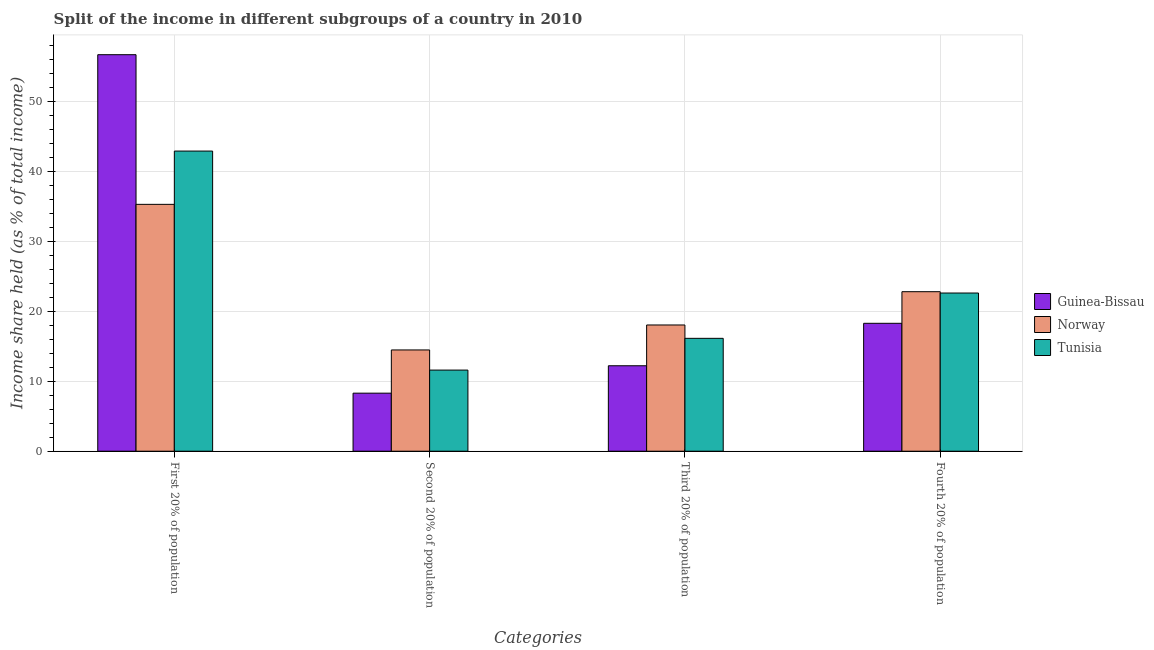
| Categories | Guinea-Bissau | Norway | Tunisia |
 | --- | --- | --- | --- |
 | First 20% of population | 56.7 | 35.3 | 42.9 |
 | Second 20% of population | 8.3 | 14.5 | 11.6 |
 | Third 20% of population | 12.2 | 18.1 | 16.1 |
 | Fourth 20% of population | 18.3 | 22.8 | 22.6 |